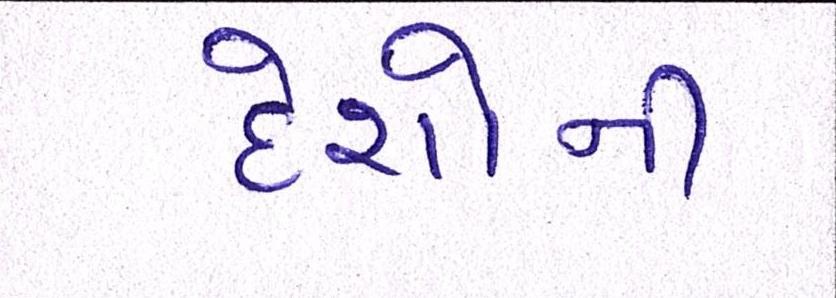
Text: દેશોની